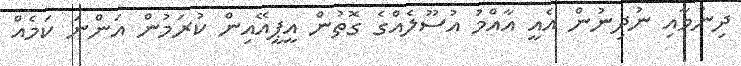
ދިނުމާއި ނުދިނުން އެއީ އާއްމު އުސޫލެއްގެ ގޮތުން އީޕީއޭއިން ކުރަމުން އަންނަ ކަމެއް